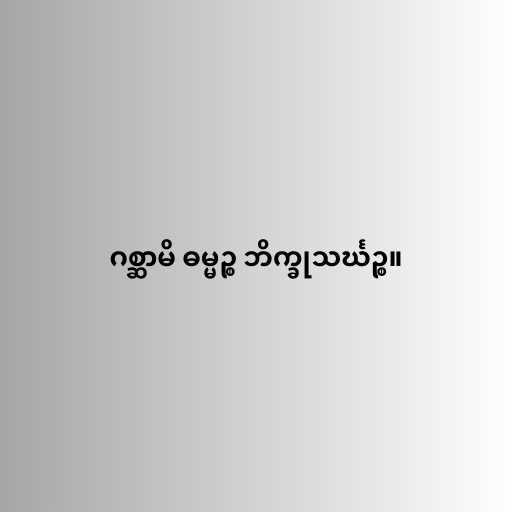
ဂစ္ဆာမိ ဓမ္မဉ္စ ဘိက္ခုသင်္ဃဉ္စ။